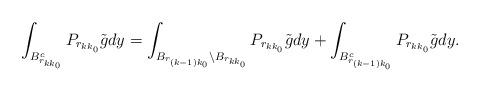
LaTeX: \begin{align*}\begin{aligned}&\int_{B^c_{r_{kk_0}}} P_{r_{kk_0}}\tilde{g}dy=\int_{B_{r_{(k-1)k_0}}\backslash B_{r_{kk_0}}} P_{r_{kk_0}}\tilde{g}dy+\int_{B^c_{r_{(k-1)k_0}}} P_{r_{kk_0}}\tilde{g} dy.\end{aligned}\end{align*}